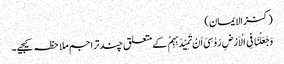
(کنزالایمان)
وَجَعَلْنَا فِی الْاَرْضِ رَوٰسِیَ اَنْ تَمِیْدَبِہِمْ کے متعلق چندتراجم ملاحظہ کیجیے۔